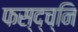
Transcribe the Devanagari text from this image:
फस्द्च्नि